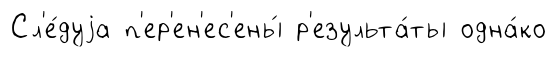
Сл'е́дуjа п'ер'ен'ес'ены́ р'езульта́ты одна́ко